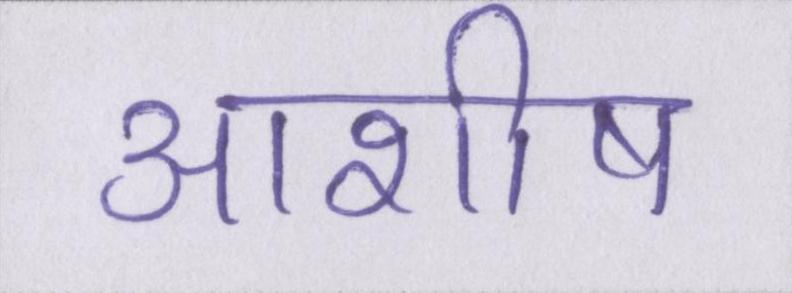
आशीष